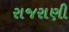
રાજરાણી